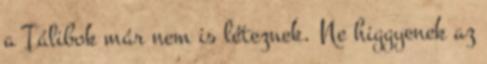
a Tálibok már nem is léteznek. Ne higgyenek az